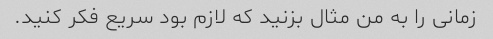
زمانی را به من مثال بزنید که لازم بود سریع فکر کنید.